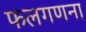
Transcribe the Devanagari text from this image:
फलगणना